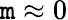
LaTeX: \mathtt{m}\approx0